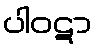
ပါဝဋာ